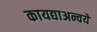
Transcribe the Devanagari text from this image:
कायद्याअन्वये